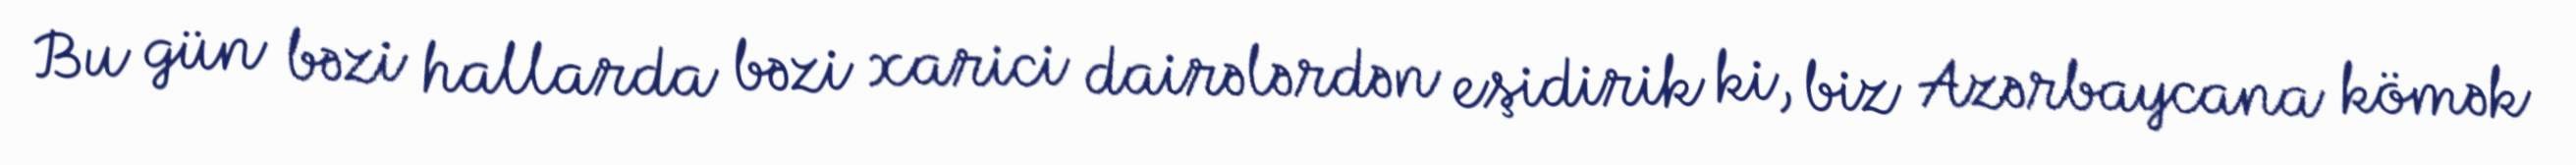
Bu gün bəzi hallarda bəzi xarici dairələrdən eşidirik ki, biz Azərbaycana kömək